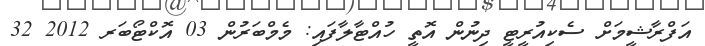
އަފްރާޝީމަށް ސެކިއުރީޓީ ދިނުން އޮތީ ހުއްޓާލާފައި: މެމްބަރުން 03 އޮކްޓޯބަރ 2012 32